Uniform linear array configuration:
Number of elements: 64
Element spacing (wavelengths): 1
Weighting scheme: exponential
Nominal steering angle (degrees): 15
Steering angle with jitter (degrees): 13.904
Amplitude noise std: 0.05
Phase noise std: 0.05

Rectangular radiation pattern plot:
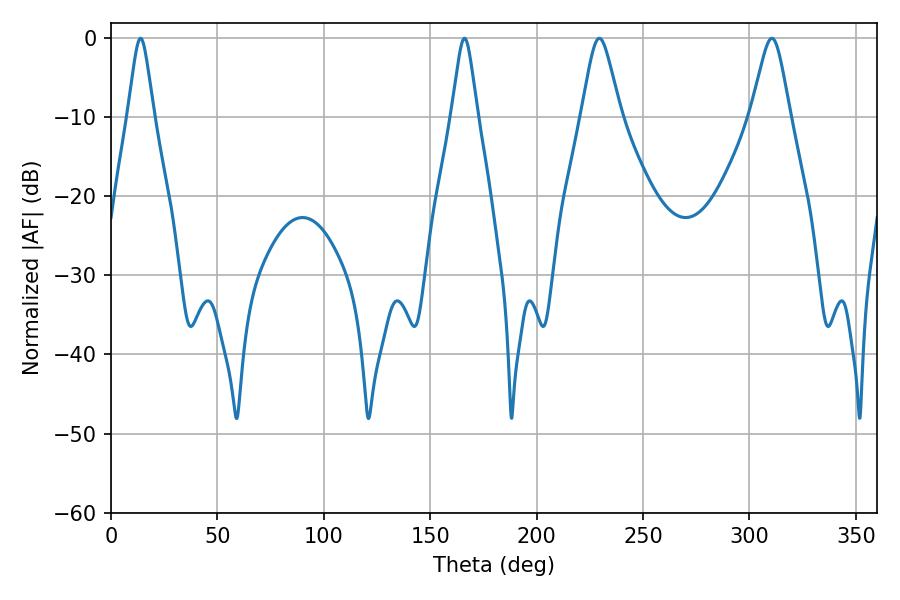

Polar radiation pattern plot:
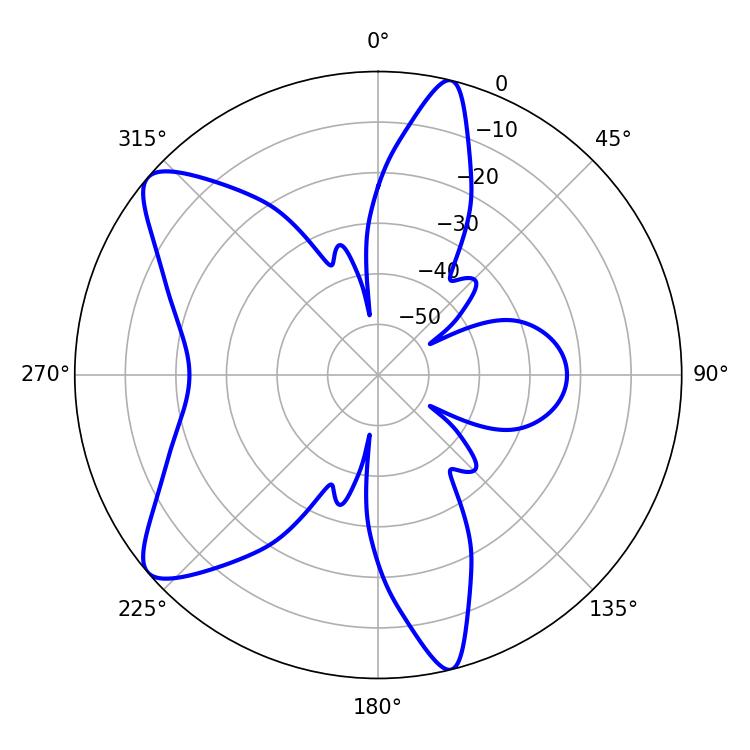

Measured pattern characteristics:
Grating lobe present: TRUE
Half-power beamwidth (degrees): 8.82
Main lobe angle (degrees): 310.5